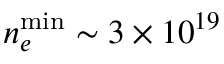
n _ { e } ^ { \mathrm { m i n } } \sim 3 \times 1 0 ^ { 1 9 }